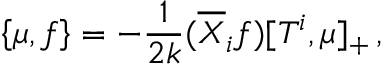
\left\{ \mu , f \right\} = - \frac { 1 } { 2 k } ( \overline { { X } } _ { i } f ) [ T ^ { i } , \mu ] _ { + } \, ,